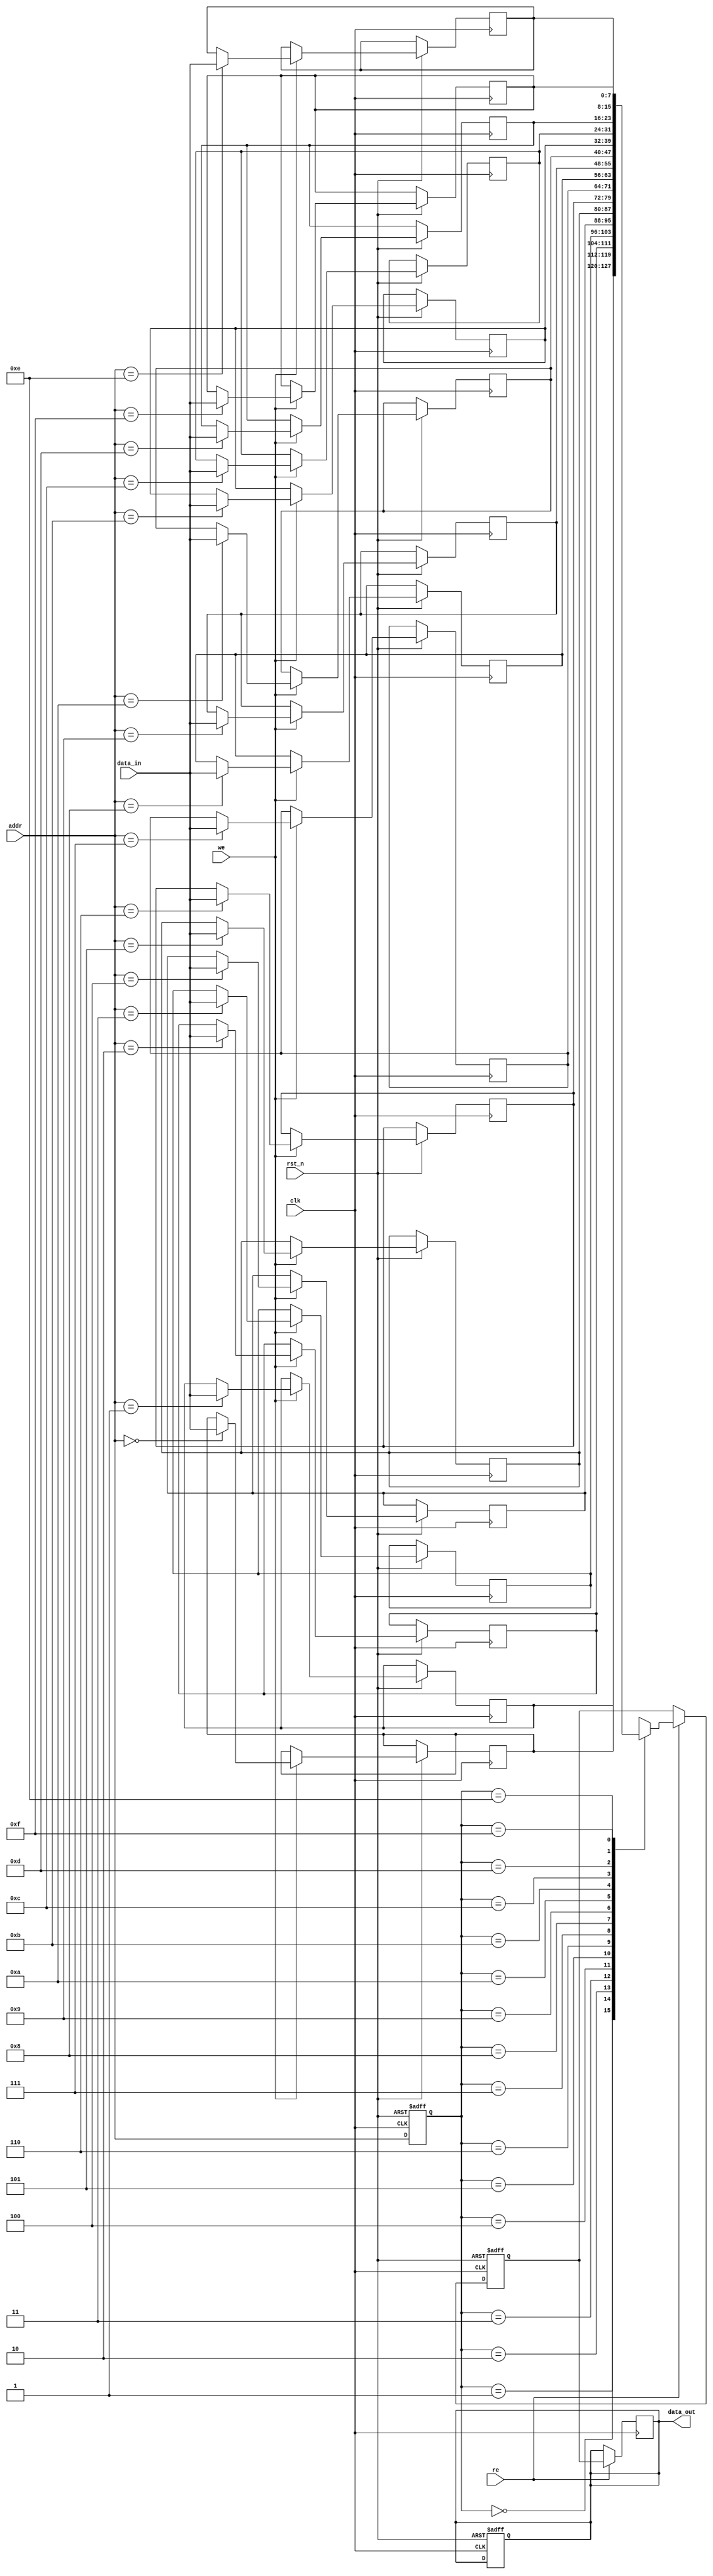
module PipelineSRAM #(
    parameter WORD_SIZE = 8,
    parameter ADDR_WIDTH = 4 // Adjust based on the size of the memory
) (
    input wire clk,
    input wire rst_n,
    
    // Control signals
    input wire we, // Write enable
    input wire re, // Read enable
    input wire [ADDR_WIDTH-1:0] addr, // Address input
    input wire [WORD_SIZE-1:0] data_in, // Data input
    output reg [WORD_SIZE-1:0] data_out // Data output
);

// Memory array definition
reg [WORD_SIZE-1:0] memory [(1 << ADDR_WIDTH) - 1:0];

// Pipeline stages
reg [ADDR_WIDTH-1:0] addr_reg;
reg [WORD_SIZE-1:0] data_buffer;

always @(posedge clk or negedge rst_n) begin
    if (!rst_n) begin
        // Reset all registers
        addr_reg <= 0;
        data_buffer <= 0;
        data_out <= 0;
    end else begin
        // Pipeline stage for address and data buffer
        addr_reg <= addr;
        if (we) begin
            // Write operation
            memory[addr] <= data_in;
        end
        if (re) begin
            // Read operation
            data_buffer <= memory[addr_reg];
        end
    end
end

// Output stage
always @(posedge clk) begin
    if (re) begin
        data_out <= data_buffer; // Output read data
    end
end

endmodule